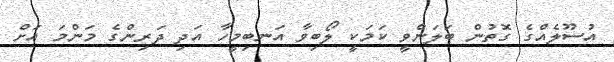
އުސޫލެއްގެ ގޮތުން ބަލަންވީ ކަމަކީ ލޯބިވާ އަނބިމީހާ އަދި ދަރިންގެ މަންމަ އަށް